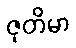
ဇုတိမာ